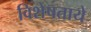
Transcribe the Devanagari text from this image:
विशेषताये